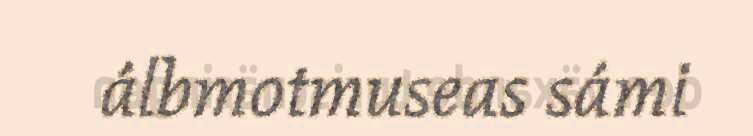
álbmotmuseas sámi